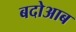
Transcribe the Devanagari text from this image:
बदोआब